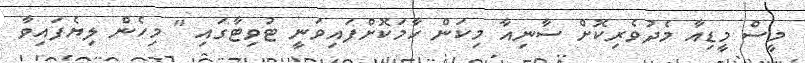
މީސް މީޑިއާ މެދުވެރިކޮށް ސާނިއާ މިކަން ހާމަކޮށްފައިވަނީ ޓުވިޓާގައި " މިހެން ލިޔެފައިވާ